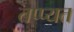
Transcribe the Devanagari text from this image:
तप्प्यत